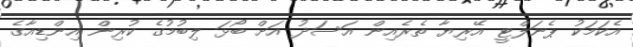
އެކަމަކު ޕެނަލްޓީ އޭރިޔާ ތެރެއިން އަސަދު އަށް ބޯޅަ ލިބުމުގެ ކުރިން އިންޑިއާގެ